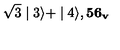
\sqrt { 3 } \mid 3 \rangle + \mid 4 \rangle , { \bf 5 6 _ { v } }